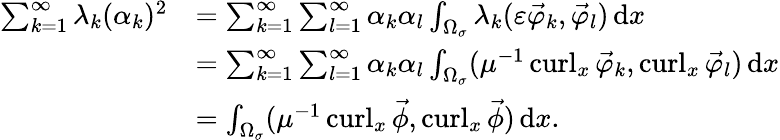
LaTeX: \begin{array}{rl}{\sum_{k=1}^{\infty}\lambda_{k}(\alpha_{k})^{2}}&{=\sum_{k=1}^{\infty}\sum_{l=1}^{\infty}\alpha_{k}\alpha_{l}\int_{\Omega_{\sigma}}\lambda_{k}(\varepsilon\vec{\varphi}_{k},\vec{\varphi}_{l})\, \mathrm dx}\\ &{=\sum_{k=1}^{\infty}\sum_{l=1}^{\infty}\alpha_{k}\alpha_{l}\int_{\Omega_{\sigma}}(\mu^{-1}\operatorname{curl}_{x}\vec{\varphi}_{k},\operatorname{curl}_{x}\vec{\varphi}_{l})\, \mathrm dx}\\ &{=\int_{\Omega_{\sigma}}(\mu^{-1}\operatorname{curl}_{x}\vec{\phi},\operatorname{curl}_{x}\vec{\phi})\, \mathrm dx.}\end{array}